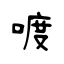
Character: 喥